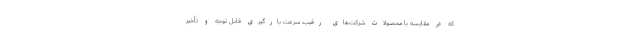
که در مقایسه با محصولات شرکت‌های رقیب، سرعت بارگیری قابل توجه و تأخیر